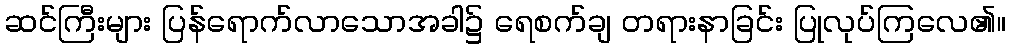
ဆင်ကြီးများ ပြန်ရောက်လာသောအခါ၌ ရေစက်ချ တရားနာခြင်း ပြုလုပ်ကြလေ၏။